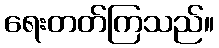
ရေးတတ်ကြသည်။